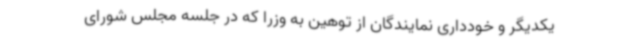
یکدیگر و خودداری نمایندگان از توهین به وزرا که در جلسه مجلس شورای